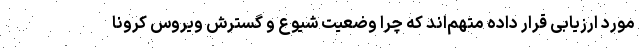
مورد ارزیابی قرار داده متهم‌اند که چرا وضعیت شیوع و گسترش ویروس کرونا